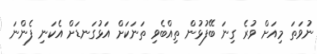
ނުވަތަ މިއަށް ވުރެ ގިނަ ބޭފުޅުން ތިއްބެވި ތަނަކަށް އަޅުގަނޑަށް އެކަނި ފެންނަ